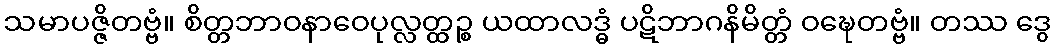
သမာပဇ္ဇိတဗ္ဗံ။ စိတ္တဘာဝနာဝေပုလ္လတ္ထဉ္စ ယထာလဒ္ဓံ ပဋိဘာဂနိမိတ္တံ ဝဍ္ဎေတဗ္ဗံ။ တဿ ဒွေ